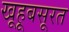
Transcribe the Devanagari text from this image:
खूहूबसूरत